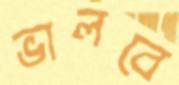
ভালবে